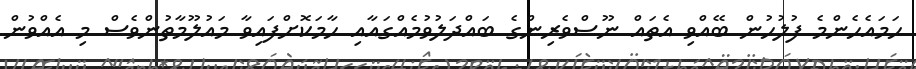
ހަމައެހެންމެ ފުލުހުން ބޭއްވި އެތައް ނޫސްވެރިންގެ ބައްދަލުވުމެއްގައާއި ހާމަކޮށްފައިވާ މައުލޫމާތުންވެސް މި އެއްވުން